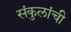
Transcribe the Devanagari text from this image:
संकुलांची